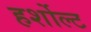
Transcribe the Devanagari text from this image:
हर्शोल्ट